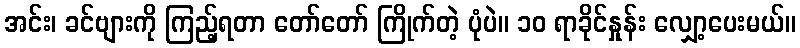
အင်း၊ ခင်ဗျားကို ကြည့်ရတာ တော်တော် ကြိုက်တဲ့ ပုံပဲ။ ၁၀ ရာခိုင်နှုန်း လျှော့ပေးမယ်။